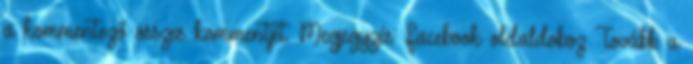
a kommentező összes kommentjét. Megjegyzés: Facebook oldaldoboz Tovább a